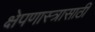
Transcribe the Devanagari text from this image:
क्षेपणास्त्रासाठी